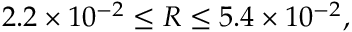
2 . 2 \times 1 0 ^ { - 2 } \leq R \leq 5 . 4 \times 1 0 ^ { - 2 } ,